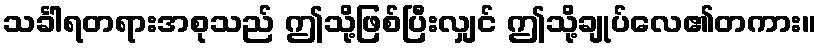
သင်္ခါရတရားအစုသည် ဤသို့ဖြစ်ပြီးလျှင် ဤသို့ချုပ်လေ၏တကား။